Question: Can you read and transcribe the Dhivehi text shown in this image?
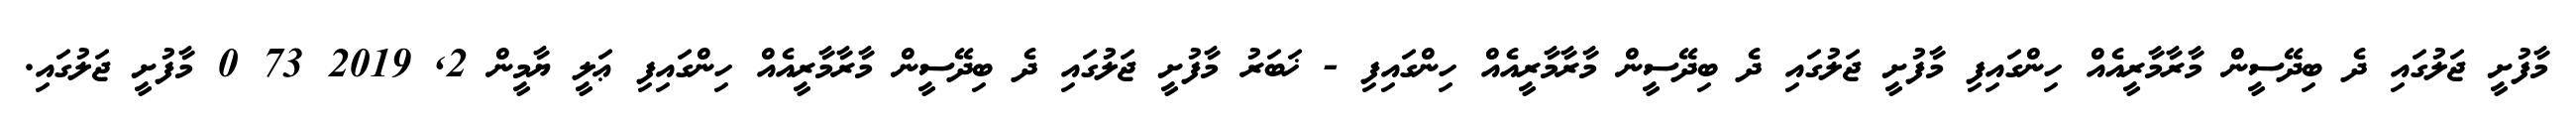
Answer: މާފުށީ ޖަލުގައި ދެ ބިދޭސީން މާރާމާރީއެއް ހިންގައިފި މާފުށީ ޖަލުގައި ދެ ބިދޭސީން މާރާމާރީއެއް ހިންގައިފި - ޚަބަރު މާފުށީ ޖަލުގައި ދެ ބިދޭސީން މާރާމާރީއެއް ހިންގައިފި ޢަލީ ޔާމީން 2, 2019 73 0 މާފުށީ ޖަލުގައި.